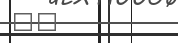
٥٦